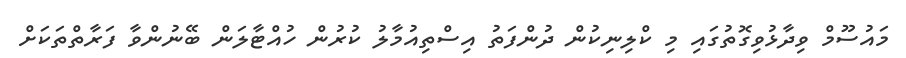
މައުސޫމް ވިދާޅުވިގޮތުގައި މި ކްލިނިކުން ދުންފަތު އިސްތިއުމާލު ކުރުން ހުއްޓާލަން ބޭނުންވާ ފަރާތްތަކަށް